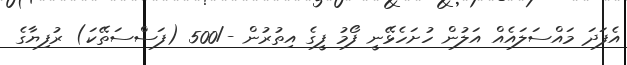
އެފަދަ މައްސަލައެއް އަލުން ހުށަހެޅޭނީ ފޯމު ފީގެ އިތުރުން -/500 (ފަސްސަތޭކަ) ރުފިޔާގެ